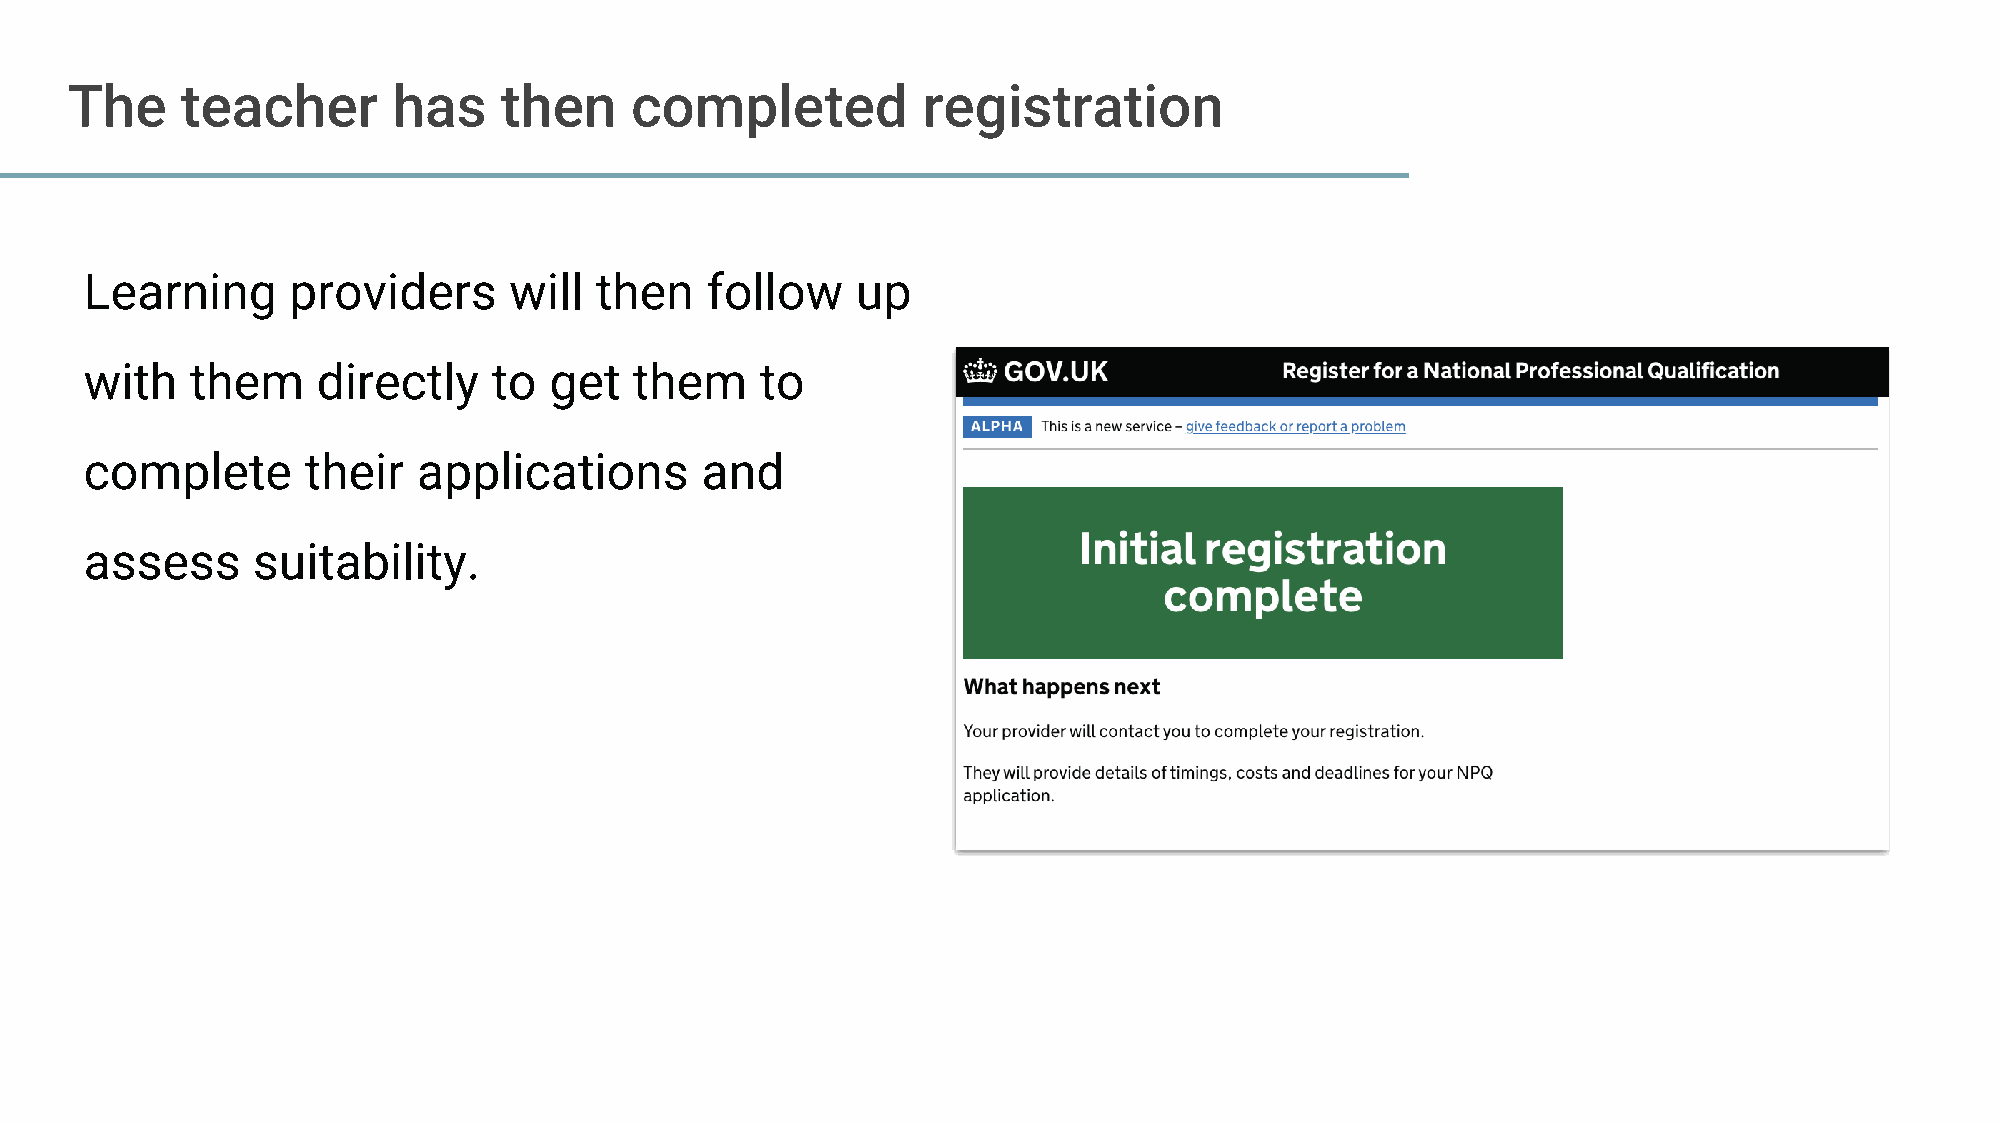
The     teacher       has    then     completed          registration
 Learning     providers      will then    follow    up
 with   them    directly    to get   them    to
 complete      their   applications      and
 assess     suitability.